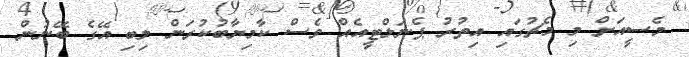
މެސީއަށް މި މެޗުގައި އިތުރު ޕެނަލްޓީއެއް ވެސް ކާމިޔާބުކުރަން ލިބި އޭގެ ބޭނުން